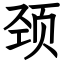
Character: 颈